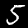
Digit: 5